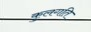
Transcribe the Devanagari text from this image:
कुलगति